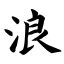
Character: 浪